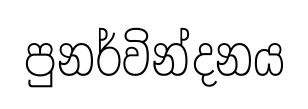
පුනර්වින්දනය